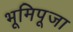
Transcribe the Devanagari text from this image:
भूमिपूजा